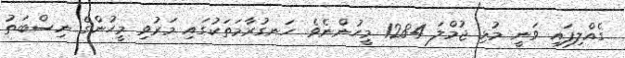
ގެއްލިފައި ވަނީ މުޅި ޖުމްލަ 1284 މީހުންނެވެ. ހަނގުރާމަތަކުގައި މަރުވި މީހުންގެ ނިސްބަތު